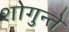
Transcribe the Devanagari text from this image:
शोगुन्ते